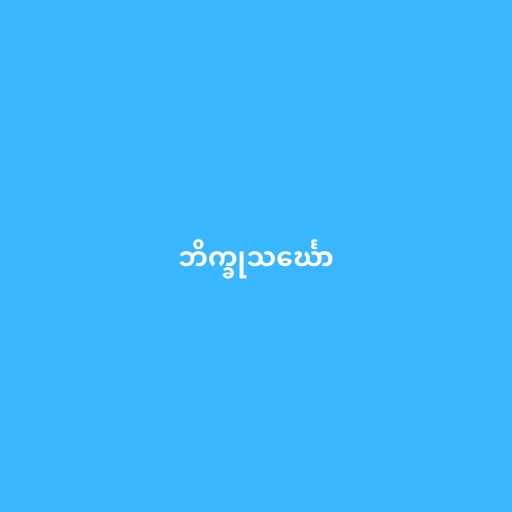
ဘိက္ခုသင်္ဃော